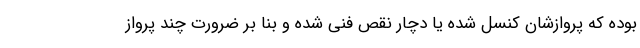
بوده که پروازشان کنسل شده یا دچار نقص فنی شده و بنا بر ضرورت چند پرواز